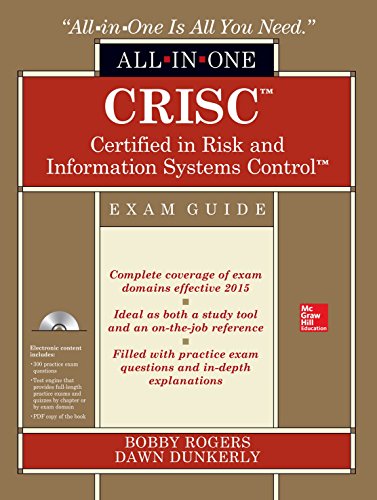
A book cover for CRISC Certified in Risk and Information Systems Control All-in-One Exam Guide; Bobby E. Rogers; Computers & Technology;